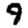
Digit: 9